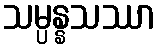
သမ္ပန္နသဿာ